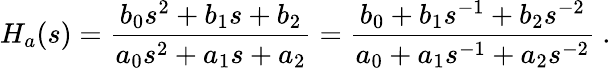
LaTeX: H_{a}(s)={\frac{b_{0}s^{2}+b_{1}s+b_{2}}{a_{0}s^{2}+a_{1}s+a_{2}}}={\frac{b_{0}+b_{1}s^{-1}+b_{2}s^{-2}}{a_{0}+a_{1}s^{-1}+a_{2}s^{-2}}}\ .